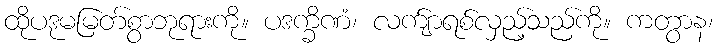
ထိုပဒုမမြတ်စွာဘုရားကို။ ပဒက္ခိဏံ၊ လက်ျာရစ်လှည့်သည်ကို။ ကတွာန၊